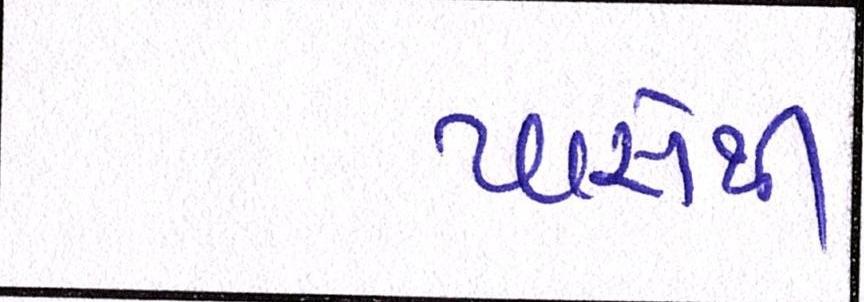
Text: પાસેની